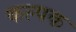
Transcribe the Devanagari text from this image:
कल्‍पक